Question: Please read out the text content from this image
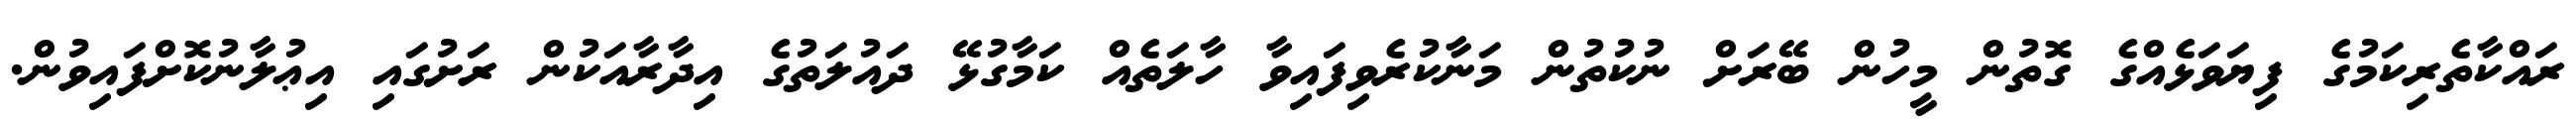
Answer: ރައްކާތެރިކަމުގެ ފިޔަވަޅެއްގެ ގޮތުން މީހުން ބޭރަށް ނުކުތުން މަނާކުރެވިފައިވާ ހާލަތެއް ކަމާގުޅޭ ދައުލަތުގެ އިދާރާއަކުން ރަށުގައި އިޢުލާނުކޮށްފައިވުން.